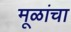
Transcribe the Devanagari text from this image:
मूळांचा